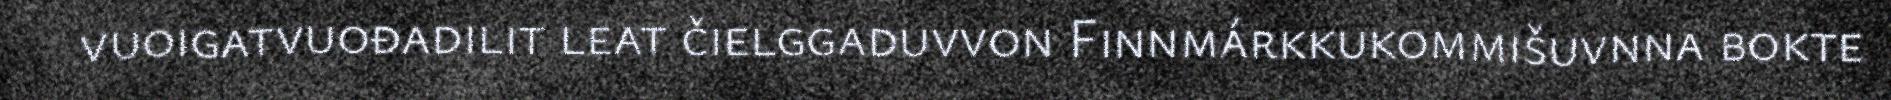
vuoigatvuođadilit leat čielggaduvvon Finnmárkkukommišuvnna bokte